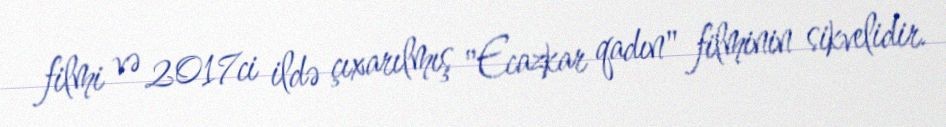
filmi və 2017ci ildə çıxarılmış "Ecazkar qadın" filminin sikvelidir.